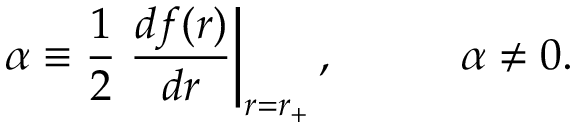
\alpha \equiv { \frac { 1 } { 2 } } \left. { \frac { d f ( r ) } { d r } } \right| _ { r = r _ { + } } , \, \ \ \ \ \ \ \ \ \alpha \neq 0 .